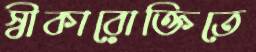
স্বীকারোক্তিতে